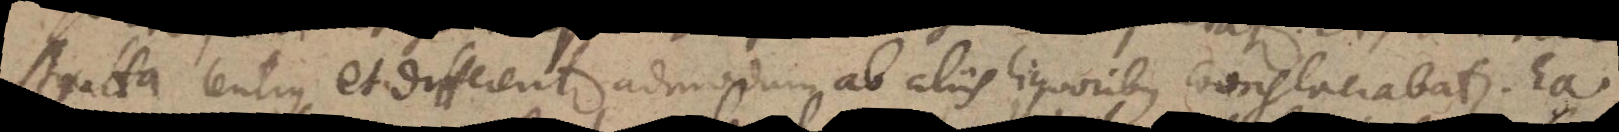
stratta lentius et differenter admodum ab aliis liquoribus conglaciabatur. Ea